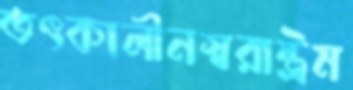
তৎকালীনস্বরাষ্ট্রম